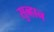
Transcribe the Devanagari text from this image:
सुब्हान